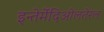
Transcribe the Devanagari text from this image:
इन्तेर्मेदिओलतेरल